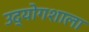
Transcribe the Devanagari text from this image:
उद्योगशाला